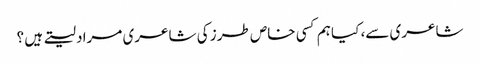
شاعری سے، کیا ہم کسی خاص طرز کی شاعری مراد لیتے ہیں ؟